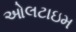
ઓલટાઇમ